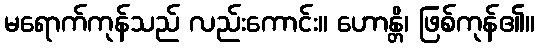
မရောက်ကုန်သည် လည်းကောင်း။ ဟောန္တိ၊ ဖြစ်ကုန်၏။